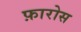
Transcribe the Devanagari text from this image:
फ़ारोस